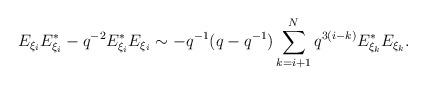
LaTeX: \begin{align*}E_{\xi_{i}} E_{\xi_{i}}^{*} - q^{-2} E_{\xi_{i}}^{*} E_{\xi_{i}} \sim -q^{-1}(q - q^{-1}) \sum_{k = i + 1}^{N} q^{3(i - k)} E_{\xi_{k}}^{*} E_{\xi_{k}}.\end{align*}